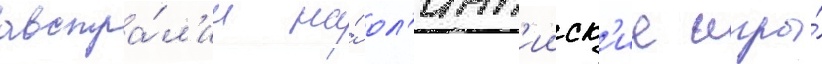
австра́л'ии на́ ол'имп'ииск'ие игры́